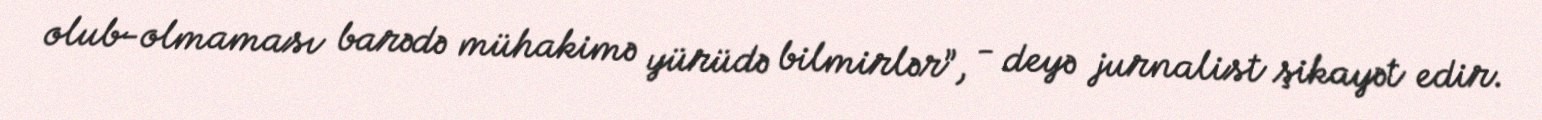
olub-olmaması barədə mühakimə yürüdə bilmirlər”, - deyə jurnalist şikayət edir.